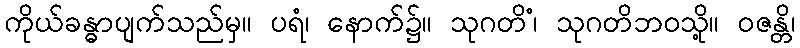
ကိုယ်ခန္ဓာပျက်သည်မှ။ ပရံ၊ နောက်၌။ သုဂတိံ၊ သုဂတိဘဝသို့။ ဝဇန္တိ၊